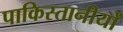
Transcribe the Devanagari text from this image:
पाकिस्तानीयों